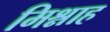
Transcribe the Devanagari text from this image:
मिश्नाह